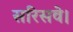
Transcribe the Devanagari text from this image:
सरिसवे।